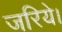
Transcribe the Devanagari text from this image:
जरिये।